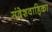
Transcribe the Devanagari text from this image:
संदेशवाहिका